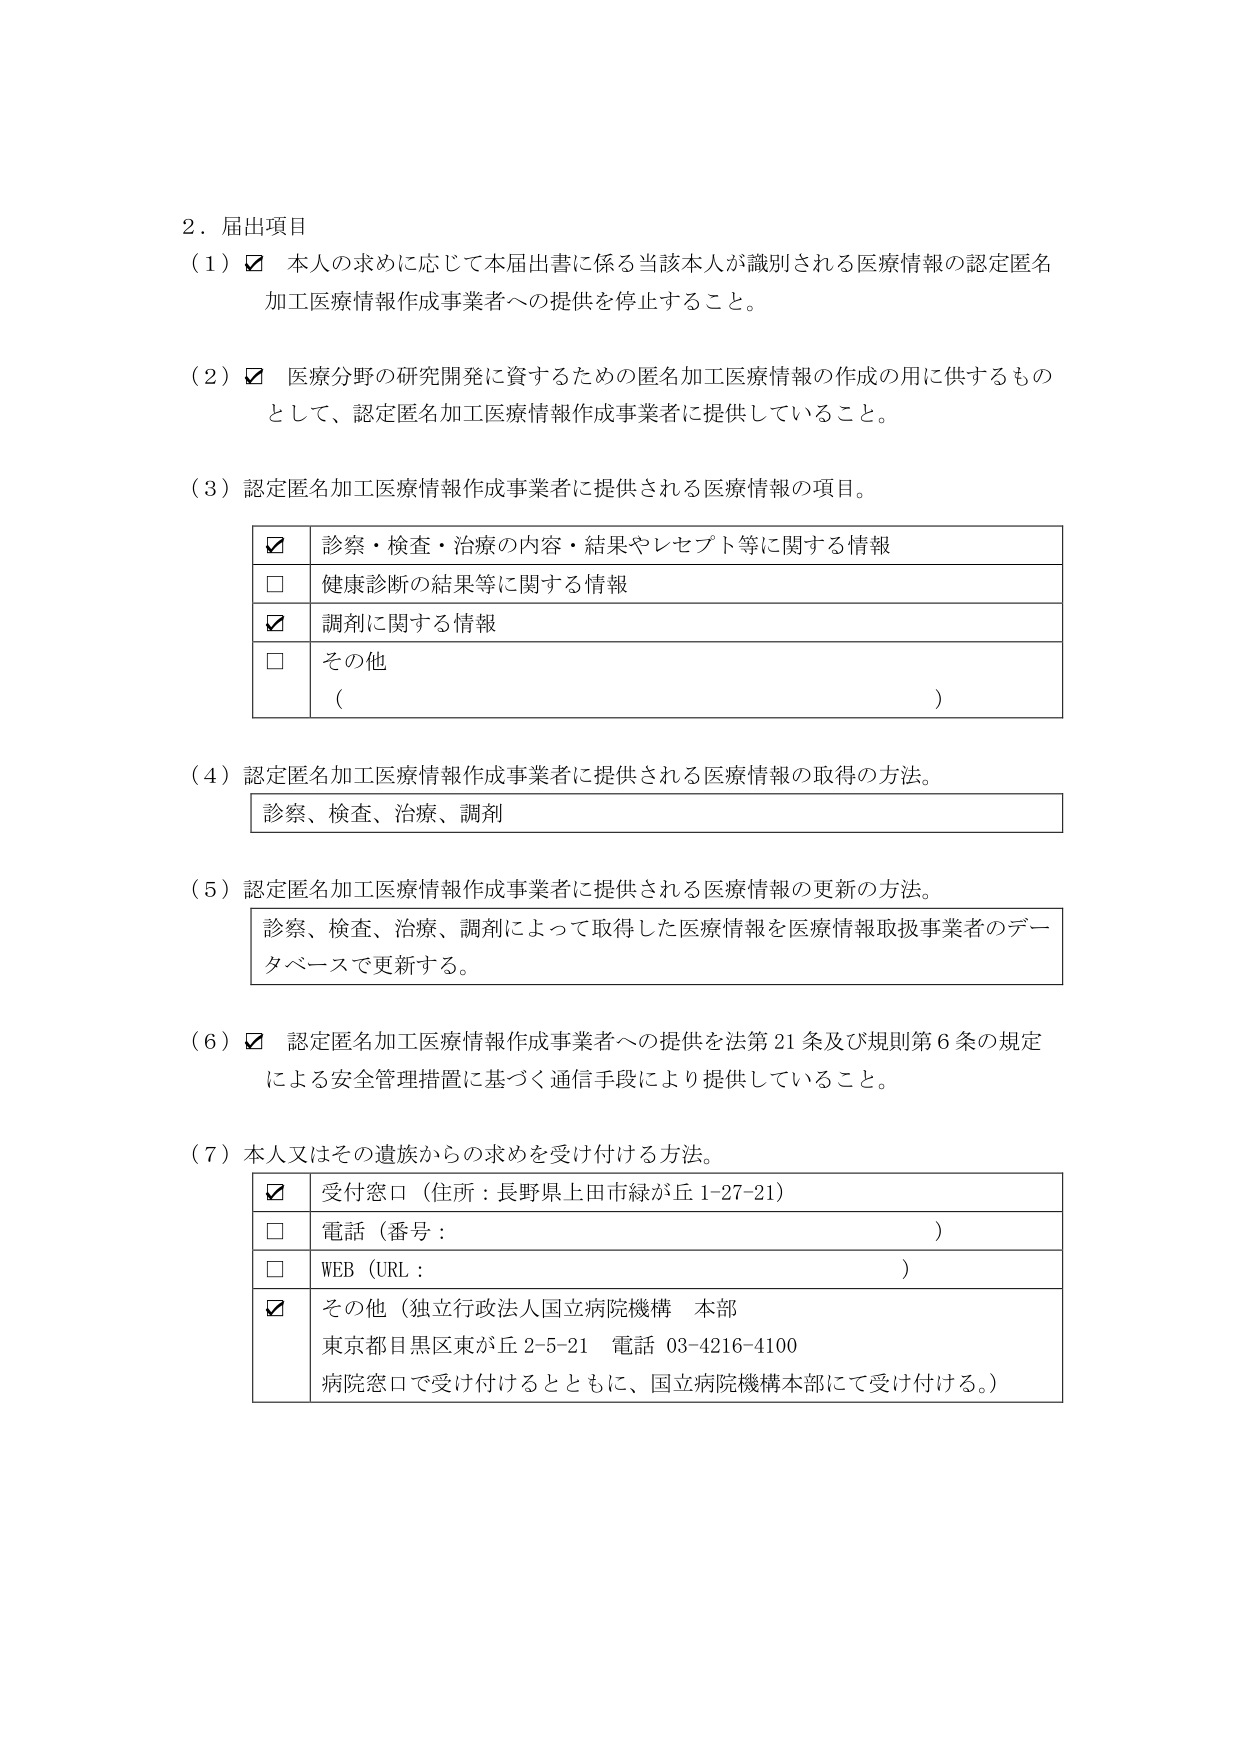
2．届出項目
（1）☑ 本人の求めに応じて本届出書に係る当該本人が識別される医療情報の認定匿名加工医療情報作成事業者への提供を停止すること。

（2）☑ 医療分野の研究開発に資するための匿名加工医療情報の作成の用に供するものとして、認定匿名加工医療情報作成事業者に提供していること。

（3）認定匿名加工医療情報作成事業者に提供される医療情報の項目。
　　☑ 診察・検査・治療の内容・結果やレセプト等に関する情報
　　□ 健康診断の結果等に関する情報
　　☑ 調剤に関する情報
　　□ その他
　　　（　　　　　　　　　　　　　　　　　　　　　　　　　　　　　　　　　）

（4）認定匿名加工医療情報作成事業者に提供される医療情報の取得の方法。
　　診察、検査、治療、調剤

（5）認定匿名加工医療情報作成事業者に提供される医療情報の更新の方法。
　　診察、検査、治療、調剤によって取得した医療情報を医療情報取扱事業者のデータベースで更新する。

（6）☑ 認定匿名加工医療情報作成事業者への提供を法第21条及び規則第6条の規定による安全管理措置に基づく通信手段により提供していること。

（7）本人又はその遺族からの求めを受け付ける方法。
　　☑ 受付窓口（住所：長野県上田市緑が丘1-27-21）
　　□ 電話（番号：　　　　　　　　　　　　　　　　　　　　　　　　　　　　）
　　□ WEB（URL：　　　　　　　　　　　　　　　　　　　　　　　　　　　　　）
　　☑ その他（独立行政法人国立病院機構 本部
　　　　　東京都目黒区東が丘2-5-21 電話 03-4216-4100
　　　　　病院窓口で受け付けるとともに、国立病院機構本部にて受け付ける。）